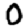
Digit: 0